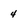
Character: 4